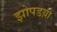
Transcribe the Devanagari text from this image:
झोपडय़ा